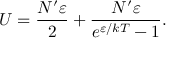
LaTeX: U = { \frac { N ^ { \prime } \varepsilon } { 2 } } + { \frac { N ^ { \prime } \varepsilon } { e ^ { \varepsilon / k T } - 1 } } .